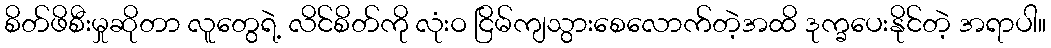
စိတ်ဖိစီးမှုဆိုတာ လူတွေရဲ့ လိင်စိတ်ကို လုံးဝ ငြိမ်ကျသွားစေလောက်တဲ့အထိ ဒုက္ခပေးနိုင်တဲ့ အရာပါ။